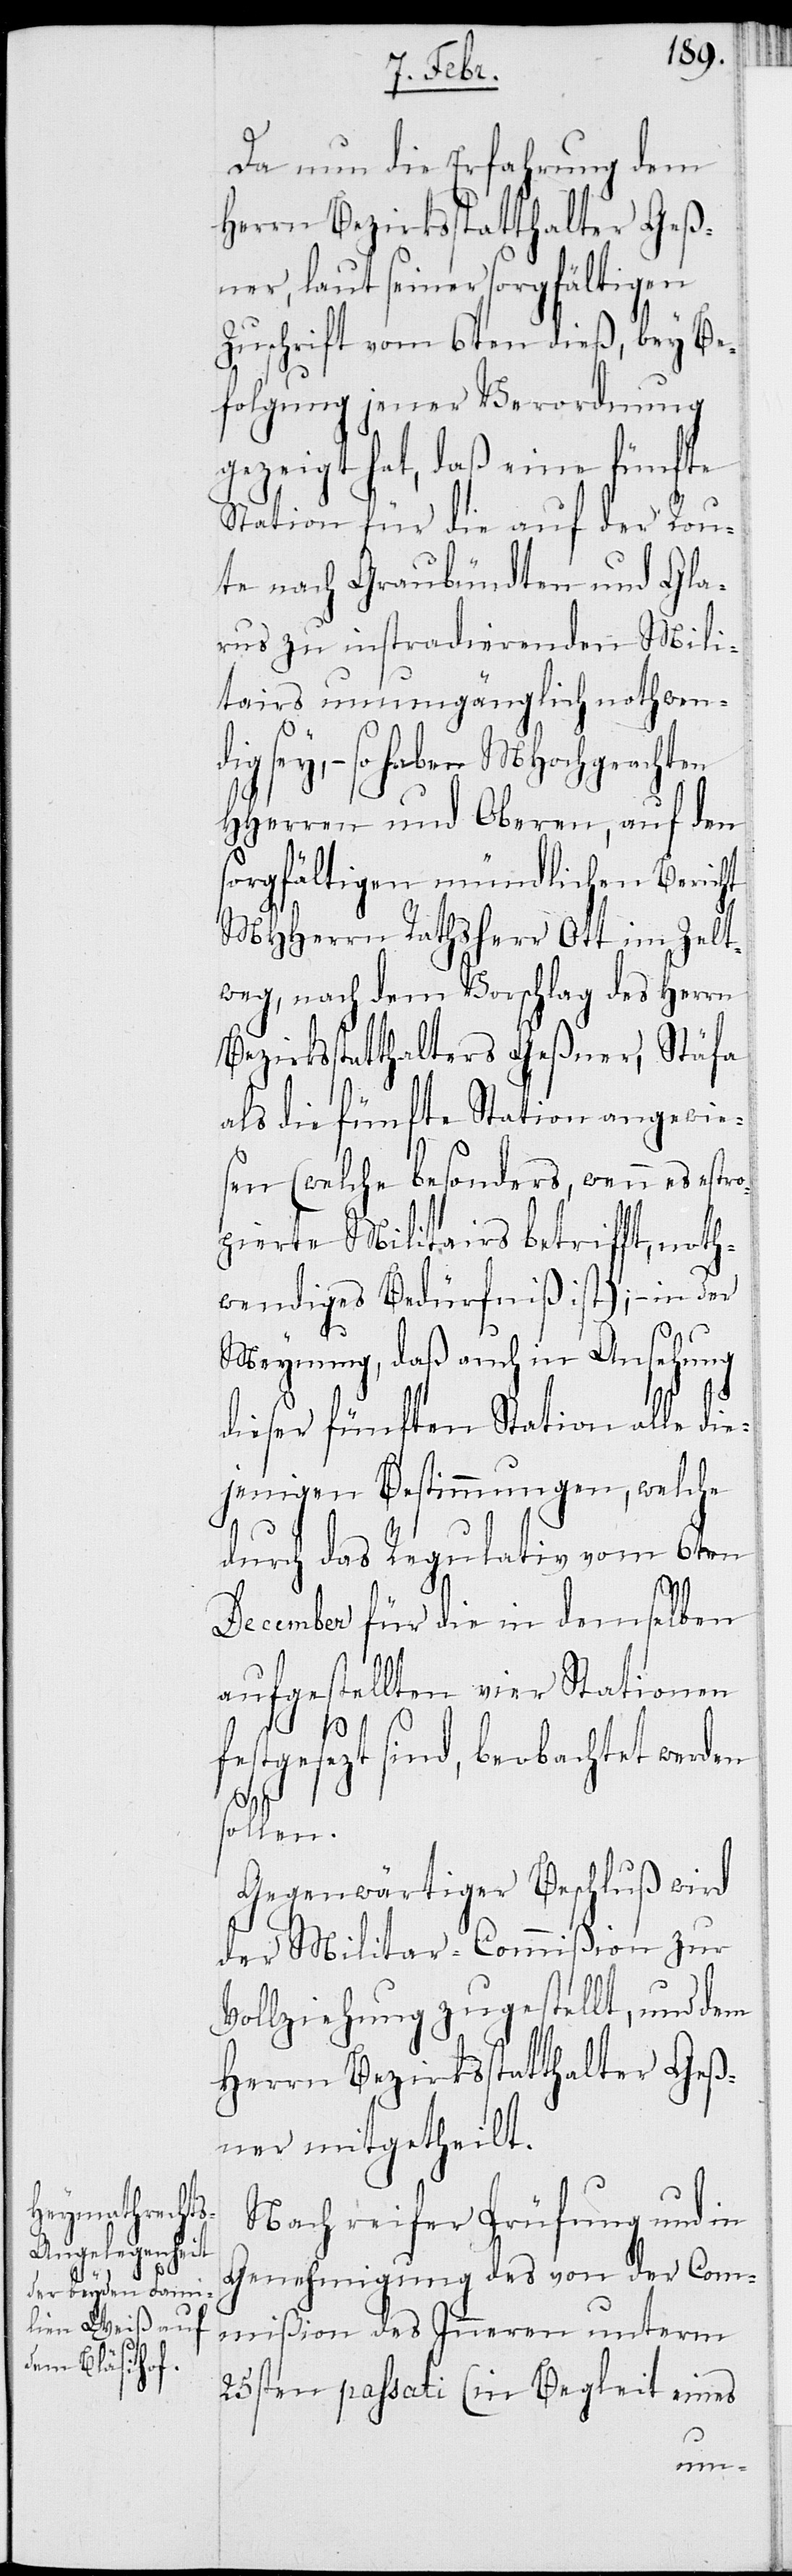
Da nun die Erfahrung dem
ner, laut seiner sorgfältigen
Zuschrift vom 6ten dieß, bey Be¬
folgung jener Verordnung
gezeigt hat, daß eine fünfte
Station für die auf der Rou¬
te nach Graubündten und Gla¬
rus zu instradierenden Mili¬
tairs unumgänglich nothwend¬
ig sey, – so haben MHochgeachten
HHerren und Oberen, auf den
sorgfältigen mündlichen Bericht
MHHerrn Rathsherr Ott im Zelt¬
weg, nach dem Vorschlag des Herrn
Bezirksstatthalters Geßner, Stäfa
als die fünfte Station angewie¬
sen (welche besonders, wenn es estro¬
pierte Militairs betrifft, noth¬
wendiges Bedürfniß ist); – in der
Meynung, daß auch in Ansehung
dieser fünften Station alle die¬
jenigen Bestimmungen, welche
durch das Regulativ vom 6ten
December für die in demselben
aufgestellten vier Stationen
festgesetzt sind, beobachtet werden
sollen.
Gegenwärtiger Beschluß wird
der Militar-Commißion zur
Vollziehung zugestellt, und dem
Herrn Bezirksstatthalter Geß¬
ner mitgetheilt.
Nach reifer Prüfung und in
Genehmigung des von der Com¬
mißion des Inneren unterm
25sten passati (in Begleit eines